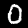
Digit: 0